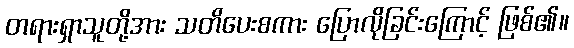
တရားရှာသူတို့အား သတိပေးစကား ပြောလိုခြင်းကြောင့် ဖြစ်၏။